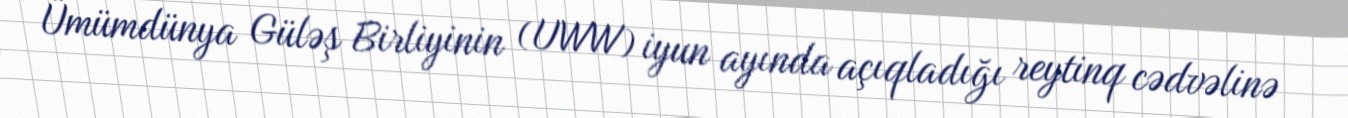
Ümümdünya Güləş Birliyinin (UWW) iyun ayında açıqladığı reytinq cədvəlinə